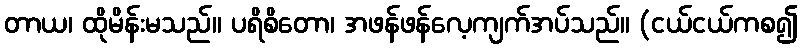
တာယ၊ ထိုမိန်းမသည်။ ပရိစိတော၊ အဖန်ဖန်လေ့ကျက်အပ်သည်။ (ငယ်ငယ်ကစ၍